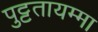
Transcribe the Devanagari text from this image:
पुट्टतायम्मा